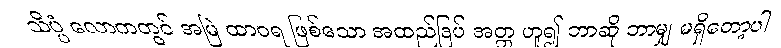
သိပ္ပံ လောကတွင် အမြဲ ထာဝရ ဖြစ်သော အထည်ဒြပ် အတ္တ ဟူ၍ ဘာဆို ဘာမျှ မရှိတော့ပါ